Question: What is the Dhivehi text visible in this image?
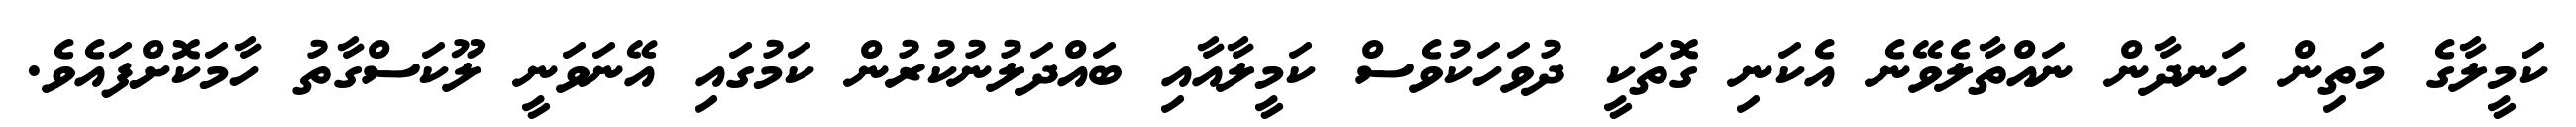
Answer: ކަމީލާގެ މަތިން ހަނދާން ނައްތާލެވޭނެ އެކަނި ގޮތަކީ ދުވަހަކުވެސް ކަމީލާއާއި ބައްދަލުނުކުރުން ކަމުގައި އޭނަވަނީ ލޫކަސްގާތު ހާމަކޮށްފައެވެ.